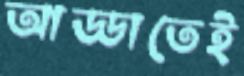
আড্ডাতেই